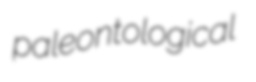
paleontological